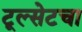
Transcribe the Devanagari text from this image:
टूल्सेटचा